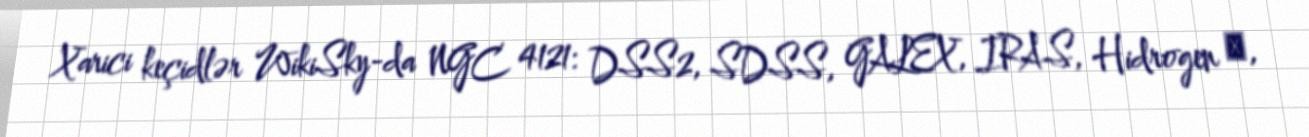
Xarici keçidlər WikiSky-da NGC 4121: DSS2, SDSS, GALEX, IRAS, Hidrogen α,